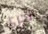
بالجري